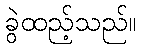
ခွဲထည့်သည်။